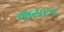
જયરન